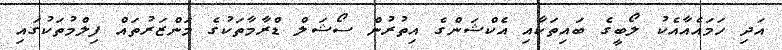
އަދި ހަމައެއާއެކު ލޯބީގެ ބައިތަކާއި އެކްޝަންގެ އިތުރުން ސޯޝަލް ޑްރާމާތަކުގެ މަންޒަރުތައް ފިލްމުތަކުގައި